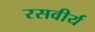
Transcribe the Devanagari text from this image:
रसवीर्य